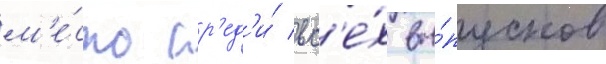
м'е́сто ср'ед'и́ вс'е́х вы́пусков